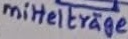
Text: mittelträge